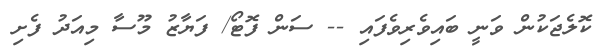
ކޮލެޖަކުން ވަނީ ބައިވެރިވެފައި -- ސަން ފޮޓޯ/ ފަޔާޒު މޫސާ މިއަދު ފެށި